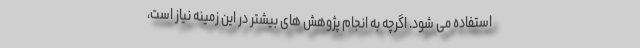
استفاده می شود. اگرچه به انجام پژوهش های بیشتر در این زمینه نیاز است،